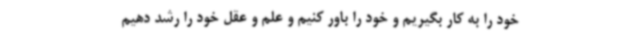
خود را به کار بگیریم و خود را باور کنیم و علم و عقل خود را رشد دهیم